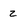
Character: z